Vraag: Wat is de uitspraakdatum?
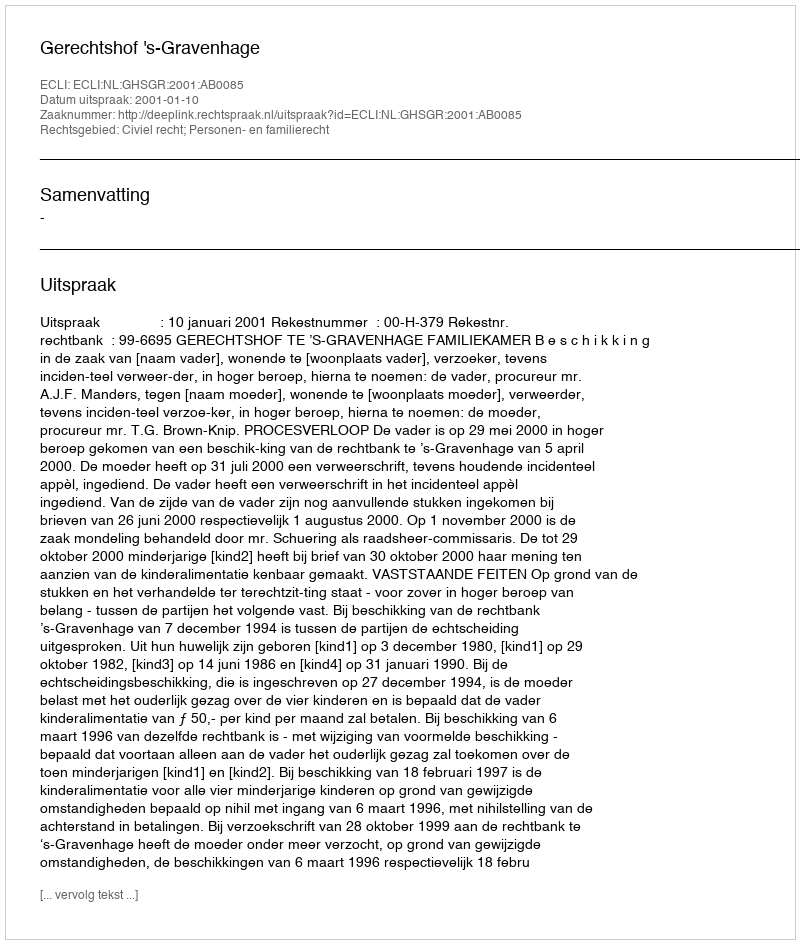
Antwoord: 2001-01-10